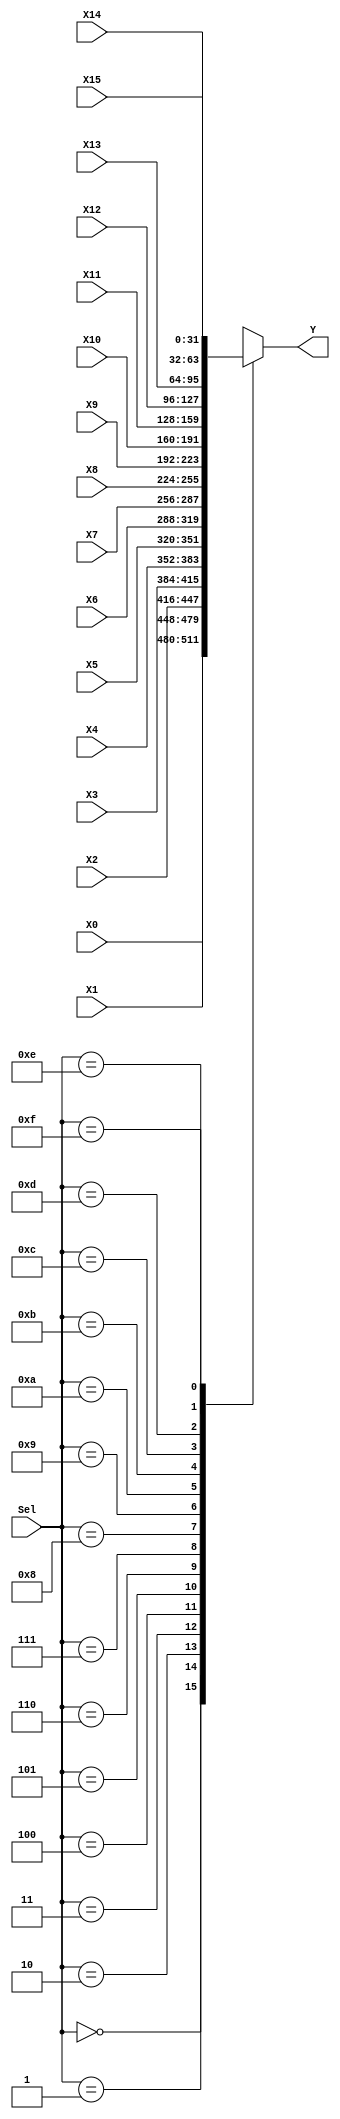
module mux_16x1_32b(output reg [31:0] Y, input [3:0] Sel, input [31:0] X0, X1, X2, X3, X4, X5, X6, X7, X8, X9, X10, X11, X12, X13, X14, X15); 
	always @(Sel, X0, X1, X2, X3, X4, X5, X6, X7, X8, X9, X10, X11, X12, X13, X14, X15)
		case(Sel)
			4'b0000:	Y = X0;
			4'b0001:	Y = X1;
			4'b0010:	Y = X2;
			4'b0011:	Y = X3;
			4'b0100:	Y = X4;
			4'b0101: 	Y = X5;
			4'b0110:	Y = X6;
			4'b0111:	Y = X7;
			4'b1000:	Y = X8;
			4'b1001:	Y = X9;
			4'b1010:	Y = X10;
			4'b1011:	Y = X11;
			4'b1100:	Y = X12;
			4'b1101:	Y = X13;
			4'b1110:	Y = X14;
			4'b1111:	Y = X15;
		endcase
endmodule